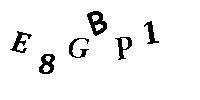
E8GBP1